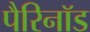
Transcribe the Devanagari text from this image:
पैरिनॉड